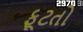
ફૂટતો